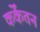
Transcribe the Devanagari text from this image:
कर्केंतन